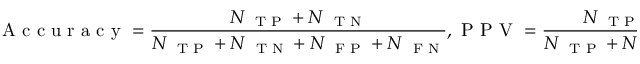
\mathrm { ~ A ~ c ~ c ~ u ~ r ~ a ~ c ~ y ~ } = \frac { N _ { \mathrm { ~ \scriptsize ~ T ~ P ~ } } + N _ { \mathrm { ~ \scriptsize ~ T ~ N ~ } } } { N _ { \mathrm { ~ \scriptsize ~ T ~ P ~ } } + N _ { \mathrm { ~ \scriptsize ~ T ~ N ~ } } + N _ { \mathrm { ~ \scriptsize ~ F ~ P ~ } } + N _ { \mathrm { ~ \scriptsize ~ F ~ N ~ } } } , \mathrm { ~ P ~ P ~ V ~ } = \frac { N _ { \mathrm { ~ \scriptsize ~ T ~ P ~ } } } { N _ { \mathrm { ~ \scriptsize ~ T ~ P ~ } } + N _ { \mathrm { ~ \scriptsize ~ F ~ P ~ } } } , \mathrm { ~ a ~ n ~ d ~ } \mathrm { ~ N ~ P ~ V ~ } = \frac { N _ { \mathrm { ~ \scriptsize ~ T ~ N ~ } } } { N _ { \mathrm { ~ \scriptsize ~ T ~ N ~ } } + N _ { \mathrm { ~ \scriptsize ~ F ~ N ~ } } }